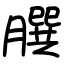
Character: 𦠆